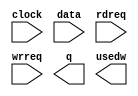
// megafunction wizard: %FIFO%VBB%
// GENERATION: STANDARD
// VERSION: WM1.0
// MODULE: scfifo 

// ============================================================
// Megafunction Name(s):
// 			scfifo
//
// Simulation Library Files(s):
// 			altera_mf
// ============================================================
// ************************************************************
// THIS IS A WIZARD-GENERATED FILE. DO NOT EDIT THIS FILE!
//
// 13.0.0 Build 156 04/24/2013 SJ Full Version
// ************************************************************

//Copyright (C) 1991-2013 Altera Corporation
//Your use of Altera Corporation's design tools, logic functions 
//and other software and tools, and its AMPP partner logic 
//functions, and any output files from any of the foregoing 
//(including device programming or simulation files), and any 
//associated documentation or information are expressly subject 
//to the terms and conditions of the Altera Program License 
//Subscription Agreement, Altera MegaCore Function License 
//Agreement, or other applicable license agreement, including, 
//without limitation, that your use is for the sole purpose of 
//programming logic devices manufactured by Altera and sold by 
//Altera or its authorized distributors.  Please refer to the 
//applicable agreement for further details.

module fifo_read (
	clock,
	data,
	rdreq,
	wrreq,
	q,
	usedw);

	input	  clock;
	input	[7:0]  data;
	input	  rdreq;
	input	  wrreq;
	output	[7:0]  q;
	output	[9:0]  usedw;

endmodule

// ============================================================
// CNX file retrieval info
// ============================================================
// Retrieval info: PRIVATE: AlmostEmpty NUMERIC "0"
// Retrieval info: PRIVATE: AlmostEmptyThr NUMERIC "-1"
// Retrieval info: PRIVATE: AlmostFull NUMERIC "0"
// Retrieval info: PRIVATE: AlmostFullThr NUMERIC "-1"
// Retrieval info: PRIVATE: CLOCKS_ARE_SYNCHRONIZED NUMERIC "0"
// Retrieval info: PRIVATE: Clock NUMERIC "0"
// Retrieval info: PRIVATE: Depth NUMERIC "1024"
// Retrieval info: PRIVATE: Empty NUMERIC "0"
// Retrieval info: PRIVATE: Full NUMERIC "0"
// Retrieval info: PRIVATE: INTENDED_DEVICE_FAMILY STRING "Cyclone IV E"
// Retrieval info: PRIVATE: LE_BasedFIFO NUMERIC "0"
// Retrieval info: PRIVATE: LegacyRREQ NUMERIC "1"
// Retrieval info: PRIVATE: MAX_DEPTH_BY_9 NUMERIC "0"
// Retrieval info: PRIVATE: OVERFLOW_CHECKING NUMERIC "0"
// Retrieval info: PRIVATE: Optimize NUMERIC "0"
// Retrieval info: PRIVATE: RAM_BLOCK_TYPE NUMERIC "0"
// Retrieval info: PRIVATE: SYNTH_WRAPPER_GEN_POSTFIX STRING "0"
// Retrieval info: PRIVATE: UNDERFLOW_CHECKING NUMERIC "0"
// Retrieval info: PRIVATE: UsedW NUMERIC "1"
// Retrieval info: PRIVATE: Width NUMERIC "8"
// Retrieval info: PRIVATE: dc_aclr NUMERIC "0"
// Retrieval info: PRIVATE: diff_widths NUMERIC "0"
// Retrieval info: PRIVATE: msb_usedw NUMERIC "0"
// Retrieval info: PRIVATE: output_width NUMERIC "8"
// Retrieval info: PRIVATE: rsEmpty NUMERIC "1"
// Retrieval info: PRIVATE: rsFull NUMERIC "0"
// Retrieval info: PRIVATE: rsUsedW NUMERIC "0"
// Retrieval info: PRIVATE: sc_aclr NUMERIC "0"
// Retrieval info: PRIVATE: sc_sclr NUMERIC "0"
// Retrieval info: PRIVATE: wsEmpty NUMERIC "0"
// Retrieval info: PRIVATE: wsFull NUMERIC "1"
// Retrieval info: PRIVATE: wsUsedW NUMERIC "0"
// Retrieval info: LIBRARY: altera_mf altera_mf.altera_mf_components.all
// Retrieval info: CONSTANT: ADD_RAM_OUTPUT_REGISTER STRING "OFF"
// Retrieval info: CONSTANT: INTENDED_DEVICE_FAMILY STRING "Cyclone IV E"
// Retrieval info: CONSTANT: LPM_NUMWORDS NUMERIC "1024"
// Retrieval info: CONSTANT: LPM_SHOWAHEAD STRING "OFF"
// Retrieval info: CONSTANT: LPM_TYPE STRING "scfifo"
// Retrieval info: CONSTANT: LPM_WIDTH NUMERIC "8"
// Retrieval info: CONSTANT: LPM_WIDTHU NUMERIC "10"
// Retrieval info: CONSTANT: OVERFLOW_CHECKING STRING "ON"
// Retrieval info: CONSTANT: UNDERFLOW_CHECKING STRING "ON"
// Retrieval info: CONSTANT: USE_EAB STRING "ON"
// Retrieval info: USED_PORT: clock 0 0 0 0 INPUT NODEFVAL "clock"
// Retrieval info: USED_PORT: data 0 0 8 0 INPUT NODEFVAL "data[7..0]"
// Retrieval info: USED_PORT: q 0 0 8 0 OUTPUT NODEFVAL "q[7..0]"
// Retrieval info: USED_PORT: rdreq 0 0 0 0 INPUT NODEFVAL "rdreq"
// Retrieval info: USED_PORT: usedw 0 0 10 0 OUTPUT NODEFVAL "usedw[9..0]"
// Retrieval info: USED_PORT: wrreq 0 0 0 0 INPUT NODEFVAL "wrreq"
// Retrieval info: CONNECT: @clock 0 0 0 0 clock 0 0 0 0
// Retrieval info: CONNECT: @data 0 0 8 0 data 0 0 8 0
// Retrieval info: CONNECT: @rdreq 0 0 0 0 rdreq 0 0 0 0
// Retrieval info: CONNECT: @wrreq 0 0 0 0 wrreq 0 0 0 0
// Retrieval info: CONNECT: q 0 0 8 0 @q 0 0 8 0
// Retrieval info: CONNECT: usedw 0 0 10 0 @usedw 0 0 10 0
// Retrieval info: GEN_FILE: TYPE_NORMAL fifo_read.v TRUE
// Retrieval info: GEN_FILE: TYPE_NORMAL fifo_read.inc FALSE
// Retrieval info: GEN_FILE: TYPE_NORMAL fifo_read.cmp FALSE
// Retrieval info: GEN_FILE: TYPE_NORMAL fifo_read.bsf FALSE
// Retrieval info: GEN_FILE: TYPE_NORMAL fifo_read_inst.v TRUE
// Retrieval info: GEN_FILE: TYPE_NORMAL fifo_read_bb.v TRUE
// Retrieval info: LIB_FILE: altera_mf